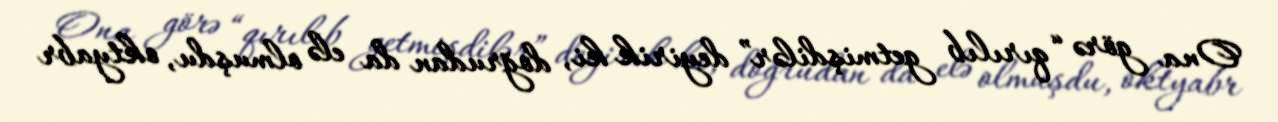
Ona görə “qırılıb getmişdilər” deyirik ki, doğrudan da elə olmuşdu, oktyabr